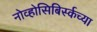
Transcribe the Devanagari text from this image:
नोव्होसिबिर्स्कच्या